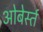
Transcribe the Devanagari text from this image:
ओबेर्स्त